Vaccination in the Punjab 1883-1896 - 1883-1896
Year: 1883
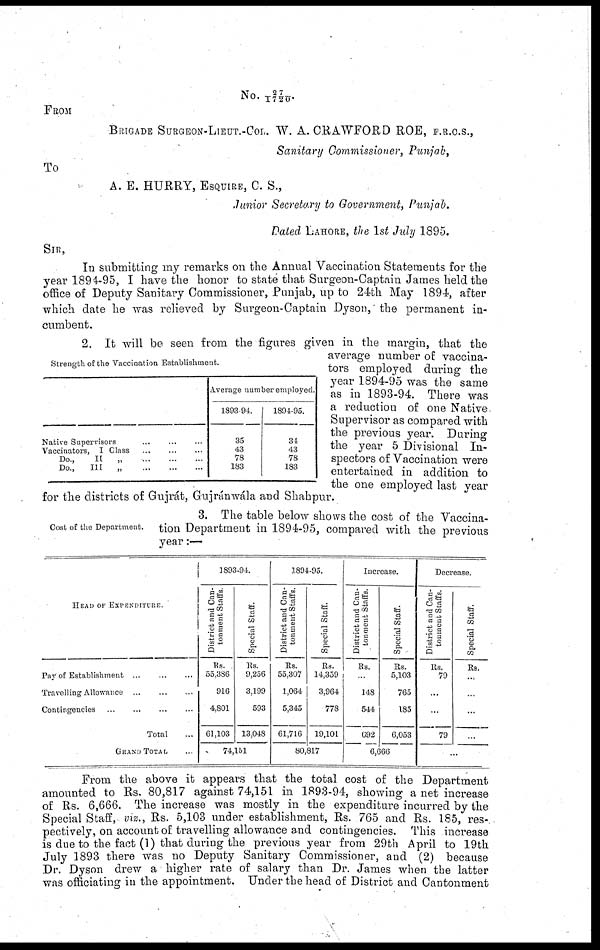
No.27/1720
FROM
BRIGADE SURGEON-LIEUT.-COL. W. A. CRAWFORD ROE, F.R.C.S.,
Sanitary Commissioner, Punjab,
To
A. E. HURRY, ESQUIRE, C. S.,
Junior Secretary to Government, Punjab.
Dated LAHORE, the 1st July 1895.
SIR,
In submitting my remarks on the Annual Vaccination Statements for the
year 1894-95, I have the honor to state that Surgeon-Captain James held the
office of Deputy Sanitary Commissioner, Punjab, up to 24th May 1894, after
which date he was relieved by Surgeon-Captain Dyson, the permanent in-
cumbent.
Strength of the Vaccination Establishment.
Native Supervisors ... ... ...
Vaccinators, I Class ... ... ...
Do.,
II
„
...
...
...
Do.,
III
„
...
...
...
Average number employed.
1893-94.
35
43
78
183
1894-95.
34
43
78
183
2. It will be seen from the figures given in the margin, that the
average number of vaccina-
tors employed during the
year 1894-95 was the same
as in 1893-94. There was
a reduction of one Native.
Supervisor as compared with
the previous year. During
the year 5 Divisional In-
spectors of Vaccination were
entertained in addition to
the one employed last year
for the districts of Gujrát, Gujránwála and Shahpur.
Cost of the Department.
3. The table below shows the cost of the Vaccina-
tion Department in 1894-95, compared with the previous
year:—
HEAD OF EXPENDITURE.
Pay of Establishment
...
...
...
Travelling Allowance ... ... ...
Contingencies ... ... ... ...
Total ...
GRAND TOTAL ...
1893-94.
District and Can-
tonment Staffs
Rs.
55,386
916
4,801
61,103
Special Staff.
Rs
9,256
3,199
593
13,048
74,151
1894-95.
District and Can-
tonment Staffs.
Rs.
55,307
1,064
5,345
61,716
Special Staff.
Rs.
14,359
3,964
778
19,101
80,817
Increase.
District and Can-
tonment Staffs.
Rs.
...
148
544
692
Special Staff.
Rs.
5,103
765
185
6,053
6,666
Decrease.
District and Can-
tonment Staffs.
Rs.
79
...
...
79
Special Staff.
Rs.
...
...
...
...
...
From the above it appears that the total cost of the Department
amounted to Rs. 80,817 against 74,151 in 1893-94, showing a net increase
of Rs. 6,666. The increase was mostly in the expenditure incurred by the
Special Staff, viz., Rs. 5,103 under establishment, Rs. 765 and Rs. 185, res-
pectively, on account of travelling allowance and contingencies. This increase
is due to the fact (1) that during the previous year from 29th April to 19th
July 1893 there was no Deputy Sanitary Commissioner, and (2) because
Dr. Dyson drew a higher rate of salary than Dr. James when the latter
was officiating in the appointment. Under the head of District and Cantonment